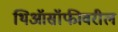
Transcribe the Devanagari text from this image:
थिऑसॉफीवरील